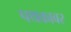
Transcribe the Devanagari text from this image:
पथकावर